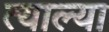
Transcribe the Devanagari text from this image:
त्याल्या